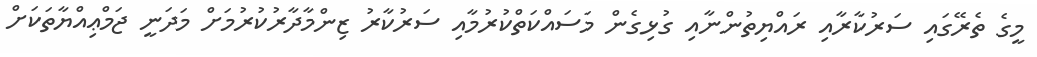
މީގެ ތެރޭގައި ސަރުކާރާއި ރައްޔިތުންނާއި ގުޅިގެން މަސައްކަތްކުރުމާއި ސަރުކާރު ޒިންމާދާރުކުރުމަށް މަދަނީ ޖަމްޢިއްޔާތަކަށް